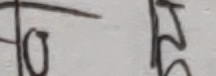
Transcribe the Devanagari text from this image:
हो